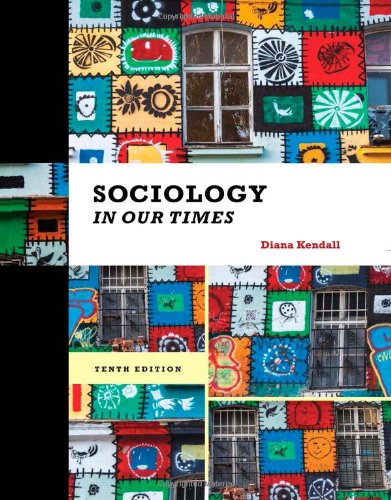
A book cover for Sociology in Our Times; Diana Kendall; Politics & Social Sciences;